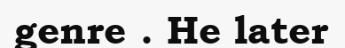
genre . He later